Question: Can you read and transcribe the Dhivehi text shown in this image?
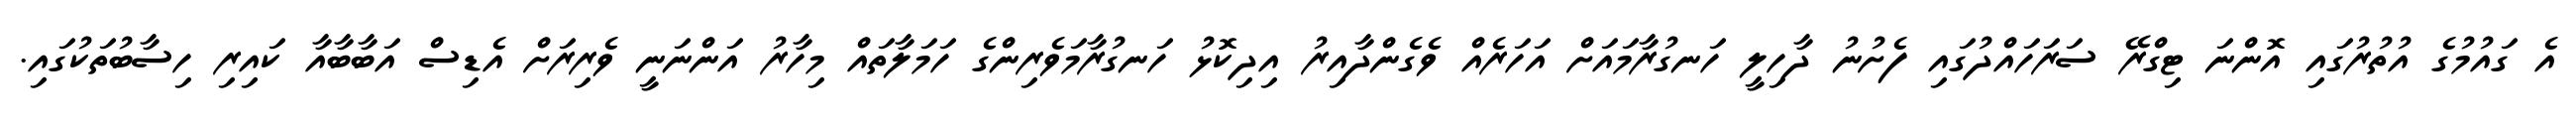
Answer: އެ ގައުމުގެ އުތުރުގައި އޮންނަ ޓިގްރޭ ސަރަހައްދުގައި ފެށުނު ދާހިލީ ހަނގުރާމައަށް އަހަރެއް ވެގެންދާއިރު އިދިކޮޅު ހަނގުރާމަވެރިންގެ ހަމަލާތައް މިހާރު އަންނަނީ ވެރިރަށް އެޑިސް އަބާބާއާ ކައިރި ހިސާބުތަކުގައި.